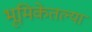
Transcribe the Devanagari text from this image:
भूमिकेतल्या